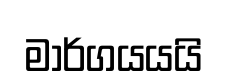
මාර්ගයයයි